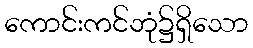
ကောင်းကင်ဘုံ၌ရှိသော